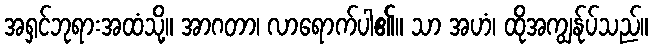
အရှင်ဘုရားအထံသို့။ အာဂတာ၊ လာရောက်ပါ၏။ သာ အဟံ၊ ထိုအကျွန်ုပ်သည်။